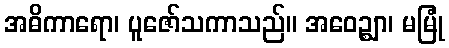
အဓိကာရော၊ ပူဇော်သကာသည်။ အဝေဉ္ဈာ၊ မမြုံ